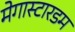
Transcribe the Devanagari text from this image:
मेगास्टारडम